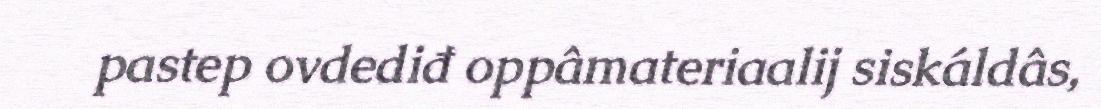
pastep ovdediđ oppâmateriaalij siskáldâs,